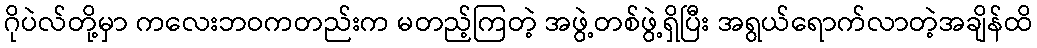
ဂိုပဲလ်တို့မှာ ကလေးဘဝကတည်းက မတည့်ကြတဲ့ အဖွဲ့တစ်ဖွဲ့ရှိပြီး အရွယ်ရောက်လာတဲ့အချိန်ထိ